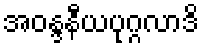
အဝန္ဒနီယပုဂ္ဂလာဒိ